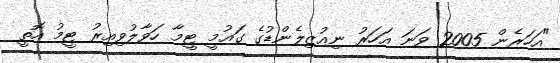
"އަހަރެން 2005 ވަނަ އަހަރު ނިއުޒިލެންޑުގެ ގައުމީ ޓީމާ ހަވާލުވިއިރު ޓީމު އޮތީ